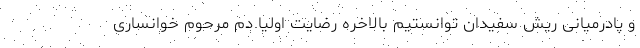
و پادرمیانی ریش سفیدان توانستیم بالاخره رضایت اولیا دم مرحوم خوانساری